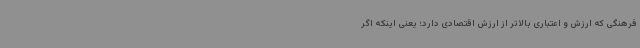
فرهنگی که ارزش و اعتباری بالاتر از ارزش اقتصادی دارد؛ یعنی اینکه اگر